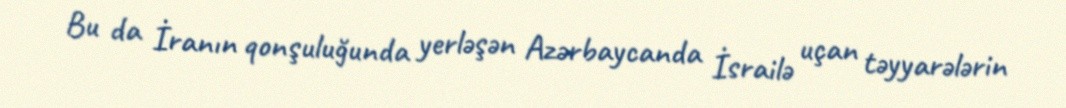
Bu da İranın qonşuluğunda yerləşən Azərbaycanda İsrailə uçan təyyarələrin